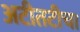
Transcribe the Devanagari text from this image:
अटीतटीचा